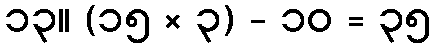
၁၃။ (၁၅ × ၃) - ၁၀ = ၃၅